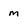
Character: m